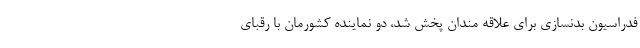
فدراسیون بدنسازی برای علاقه مندان پخش شد، دو نماینده کشورمان با رقبای